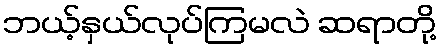
ဘယ့်နှယ်လုပ်ကြမလဲ ဆရာတို့